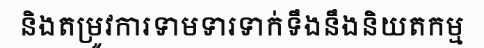
និងតម្រូវការទាមទារទាក់ទឹងនឹងនិយតកម្ម